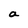
Character: a